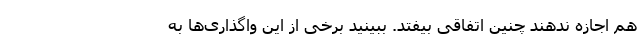
هم اجازه ندهند چنین اتفاقی بیفتد. ببینید برخی از این واگذاری‌ها به